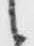
候